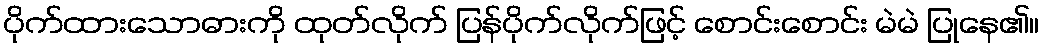
ပိုက်ထားသောဓားကို ထုတ်လိုက် ပြန်ပိုက်လိုက်ဖြင့် စောင်းစောင်း မဲမဲ ပြုနေ၏။